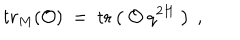
LaTeX: t r _ { M } ( { \cal O } ) ~ = ~ \mathrm { t r } \left( ~ { \cal O } ~ q ^ { 2 H } ~ \right) \ ,